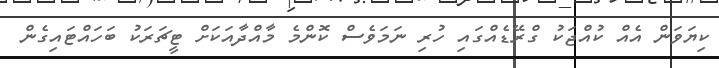
ކިޔަވަން އެއް ކުއްޖަކު ގްރޭޑެއްގައި ހުރި ނަމަވެސް ކޮންމެ މާއްދާއަކަށް ޓީޗަރަކު ބަހައްޓައިގެން